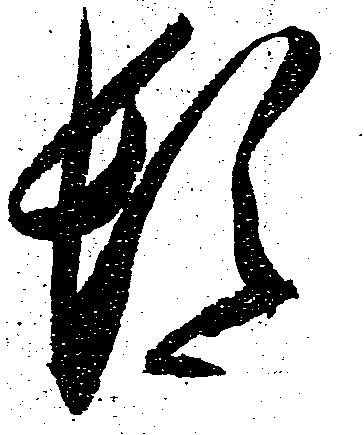
頓